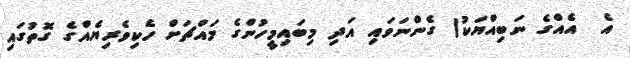
އެ  އެއްގެ ނަބިއްޔަކު) ގެންނަވައި އަދި މިބައިމީހުންގެ މައްޗަށް ހެކިވެރިޔެއްގެ ގޮތުގައި